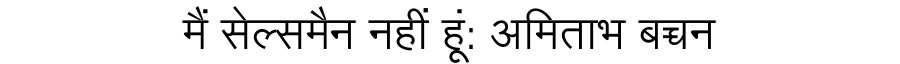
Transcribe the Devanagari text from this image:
मैं सेल्समैन नहीं हूं: अमिताभ बच्चन